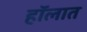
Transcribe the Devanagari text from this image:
हॉलात